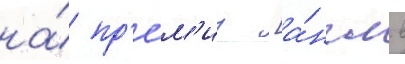
на́ пр'е́м'иу [а́нгл. в